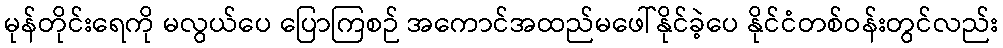
မုန်တိုင်းရေကို မလွယ်ပေ ပြောကြစဉ် အကောင်အထည်မဖေါ်နိုင်ခဲ့ပေ နိုင်ငံတစ်ဝန်းတွင်လည်း